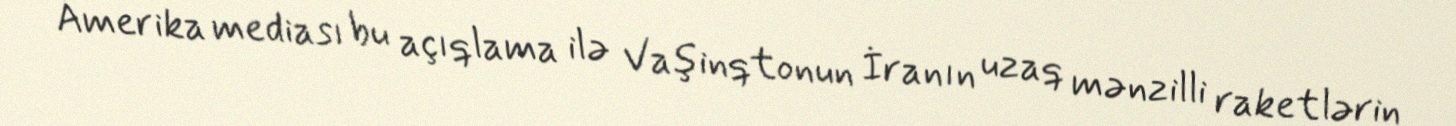
Amerika mediası bu açıqlama ilə Vaşinqtonun İranın uzaq mənzilli raketlərin